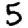
Digit: 5